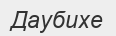
Даубихе